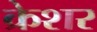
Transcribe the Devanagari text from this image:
क्रेशर